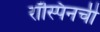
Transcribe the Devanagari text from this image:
रॉस्पिनची